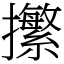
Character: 㩯